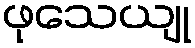
ဖုသေယျု